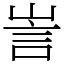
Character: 訔